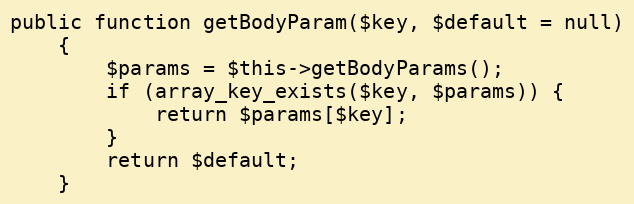
Language: PHP
public function getBodyParam($key, $default = null)
    {
        $params = $this->getBodyParams();
        if (array_key_exists($key, $params)) {
            return $params[$key];
        }
        return $default;
    }